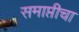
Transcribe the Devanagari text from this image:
समाप्तीचा